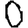
Digit: 0